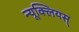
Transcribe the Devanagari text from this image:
न्यूक्लियस्